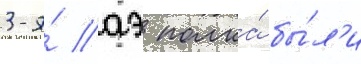
3-я́ аэ полка́ бы́л'и